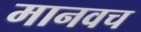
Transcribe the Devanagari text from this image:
मानवच